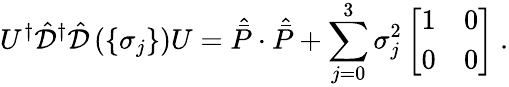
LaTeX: U^{\dagger}{\hat{\cal{D}}}^{\dagger}{\hat{\cal{D}}}\left(\lbrace\sigma_{j}\rbrace\right)U={\hat{\bar{P}}}\cdot{\hat{\bar{P}}}+\sum_{j=0}^{3}\sigma_{j}^{2}\left[\begin{array}{cc}{{1}}&{{0}}\\ {{0}}&{{0}}\end{array}\right]\ .